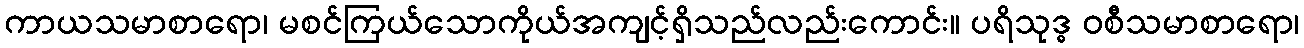
ကာယသမာစာရော၊ မစင်ကြယ်သောကိုယ်အကျင့်ရှိသည်လည်းကောင်း။ ပရိသုဒ္ဓ ဝစီသမာစာရော၊